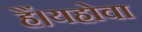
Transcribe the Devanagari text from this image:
हैं।यहोवा